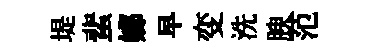
堤蜚嫏早变洗腴范